Lunatic asylums in Bengal annual reports 1888-1898 - 1888-1898
Year: 1888
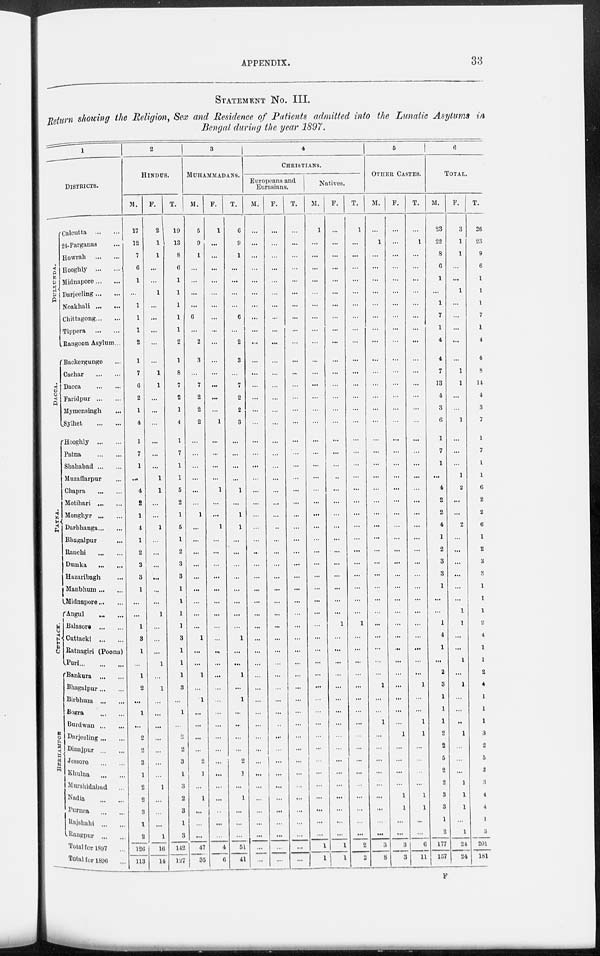
APPENDIX.
33
STATEMENT No. III.
Return showing the Religion, Sex and Residence of Patients admitted into the Lunatic Asylums in
Bengal during the year 1897.
1
DISTRICTS.
DULLUNDA.
DACCA.
PATNA.
CUT T ACK.
BERHAMPORE
Calcutta
...
...
24-Parganas ...
Howrah
...
...
Hooghly
...
...
Midnapore ... ...
Darjeeling ... ...
Noakhali
...
...
Chittagong ... ...
Tippera
...
...
Rangoon Asylum ...
Backergunge ...
Cachar
...
...
Dacca ... ...
Faridpur
...
...
Mymensingh ...
Sylhet
...
...
Hooghly
...
...
Patna
...
...
Shahabad ... ...
Muzaffarpur ...
Chapra
...
...
Motihari ... ...
Monghyr
...
...
Darbhanga ... ...
Bhagalpur ...
Ranchi
...
...
Dumka
...
...
Hazaribagh ...
Manbhum ... ...
Midnapore ... ...
Angul
...
...
Balasore
...
...
Cuttack
...
...
Ratnagiri (Poona)
Puri ... ... ...
Bankura ... ...
Bhagalpur ... ...
Birbhum
...
...
Bogra
...
...
Burdwan ... ...
Darjeeling ... ...
Dinajpur
...
...
Jessore ... ...
Khulna
...
...
Murshidabad ...
Nadia ... ...
Purnea ... ...
Rajshahi
...
...
Rangpur
...
...
Total for 1897 ...
Total for 1896 ...
2
HINDUS.
M.
17
12
7
6
1
...
1
1
1
2
1
7
6
2
1
4
1
7
1
...
4
2
1
4
1
2
3
3
1
...
...
1
3
1
...
1
2
...
1
...
2
2
3
1
2
2
3
1
2
126
113
F.
2
1
1
...
...
1
...
...
...
...
...
1
1
...
...
...
...
...
...
1
1
...
...
1
...
...
...
...
...
...
1
...
...
...
1
...
1
...
...
...
...
...
...
...
1
...
...
...
1
16
14
T.
19
13
8
6
1
1
1
1
1
2
1
8
7
2
1
4
1
7
1
1
5
2
1
5
1
2
3
3
1
1
1
1
3
1
1
1
3
...
1
...
2
2
3
1
3
2
3
1
3
142
127
3
MUHAMMADANS.
M.
5
9
1
...
...
...
...
6
...
2
3
...
7
2
2
2
...
...
...
...
...
...
1
...
...
...
...
...
...
...
...
...
1
...
...
1
...
1
...
...
...
...
2
1
...
1
...
...
...
47
35
F.
1
...
...
...
...
...
...
...
...
...
...
...
...
...
...
1
...
...
...
...
1
...
...
1
...
...
...
...
...
...
...
...
...
...
...
...
...
...
...
...
...
...
...
...
...
...
...
...
...
4
6
T.
6
9
1
...
...
...
...
6
...
2
3
...
7
2
2
3
...
...
...
...
1
...
1
1
...
...
...
...
...
...
...
...
1
...
...
1
...
1
...
...
...
...
2
1
...
1
...
...
...
51
41
4
CHRISTIANS.
Europeans and
Eurasians.
M.
...
...
...
...
...
...
...
...
...
...
...
...
...
...
...
...
...
...
...
...
...
...
...
...
...
...
...
...
...
...
...
...
...
...
...
...
...
...
...
...
...
...
...
...
...
...
...
...
...
...
...
F.
...
...
...
...
...
...
...
...
...
...
...
...
...
...
...
...
...
...
...
...
...
...
...
...
...
...
...
...
...
...
...
...
...
...
...
...
...
...
...
...
...
...
...
...
...
...
...
...
...
...
...
T.
...
...
...
...
...
...
...
...
...
...
...
...
...
...
...
...
...
...
...
...
...
...
...
...
...
...
...
...
...
...
...
...
...
...
...
...
...
...
...
...
...
...
...
...
...
...
...
...
...
...
...
Natives.
M.
1
...
...
...
...
...
...
...
...
...
...
...
...
...
...
...
...
...
...
...
...
...
...
...
...
...
...
...
...
...
...
...
...
...
...
...
...
...
...
...
...
...
...
...
...
...
...
...
...
1
1
F.
...
...
...
...
...
...
...
...
...
...
...
...
...
...
...
...
...
...
...
...
...
...
...
...
...
...
...
...
...
...
...
1
...
...
...
...
...
...
...
...
...
...
...
...
...
...
...
...
...
1
...
T.
1
...
...
...
...
...
...
...
...
...
...
...
...
...
...
...
...
...
...
...
...
...
...
...
...
...
...
...
...
...
...
1
...
...
...
...
...
...
...
...
...
...
...
...
...
...
...
...
2
2
5
OTHER CASTES.
M.
...
1
...
...
...
...
...
...
...
...
...
...
...
...
...
...
...
...
...
...
...
...
...
...
...
...
...
...
...
...
...
...
...
...
...
...
1
...
...
1
...
...
...
...
...
...
...
...
...
3
8
F.
...
...
...
...
...
...
...
...
...
...
...
...
...
...
...
...
...
...
...
...
...
...
...
...
...
...
...
...
...
...
...
...
...
...
...
...
...
...
...
...
1
...
...
...
...
1
1
...
...
3
3
T.
...
1
...
...
...
...
...
...
...
...
...
...
...
...
...
...
...
...
...
...
...
...
...
...
...
...
...
...
...
...
...
...
...
...
...
...
1
...
...
1
1
...
...
...
...
1
1
...
...
6
11
6
TOTAL.
M.
23
22
8
6
1
...
1
7
1
4
4
7
13
4
3
6
1
7
1
...
4
2
2
4
1
2
3
3
1
...
...
1
4
1
...
2
3
1
1
1
2
2
5
2
2
3
3
1
2
177
157
F.
3
1
1
...
...
1
...
...
...
...
...
1
1
...
...
1
...
...
...
1
2
...
...
2
...
...
...
...
...
...
1
1
...
...
1
...
1
...
...
...
1
...
...
...
1
1
1
...
1
24
24
T.
26
23
9
6
1
1
1
7
1
4
4
8
14
4
3
7
1
7
1
1
6
2
2
6
1
2
3
...
1
1
1
2
4
1
1
2
4
1
1
1
3
2
5
2
3
4
4
1
3
201
181
F